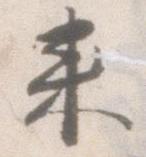
来